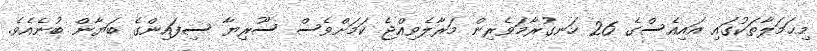
މިޙަމަލާތަކުގައި އައިއެސްގެ 26 ހަނގުރާމަވެރިން މަރާލެވިއްޖެ ކަމަށްވެސް ސޫރިޔާ ސިފައިންގެ ބަޔާން ބުނެއެވެ.